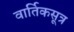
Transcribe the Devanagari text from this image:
वार्तिकसूत्र